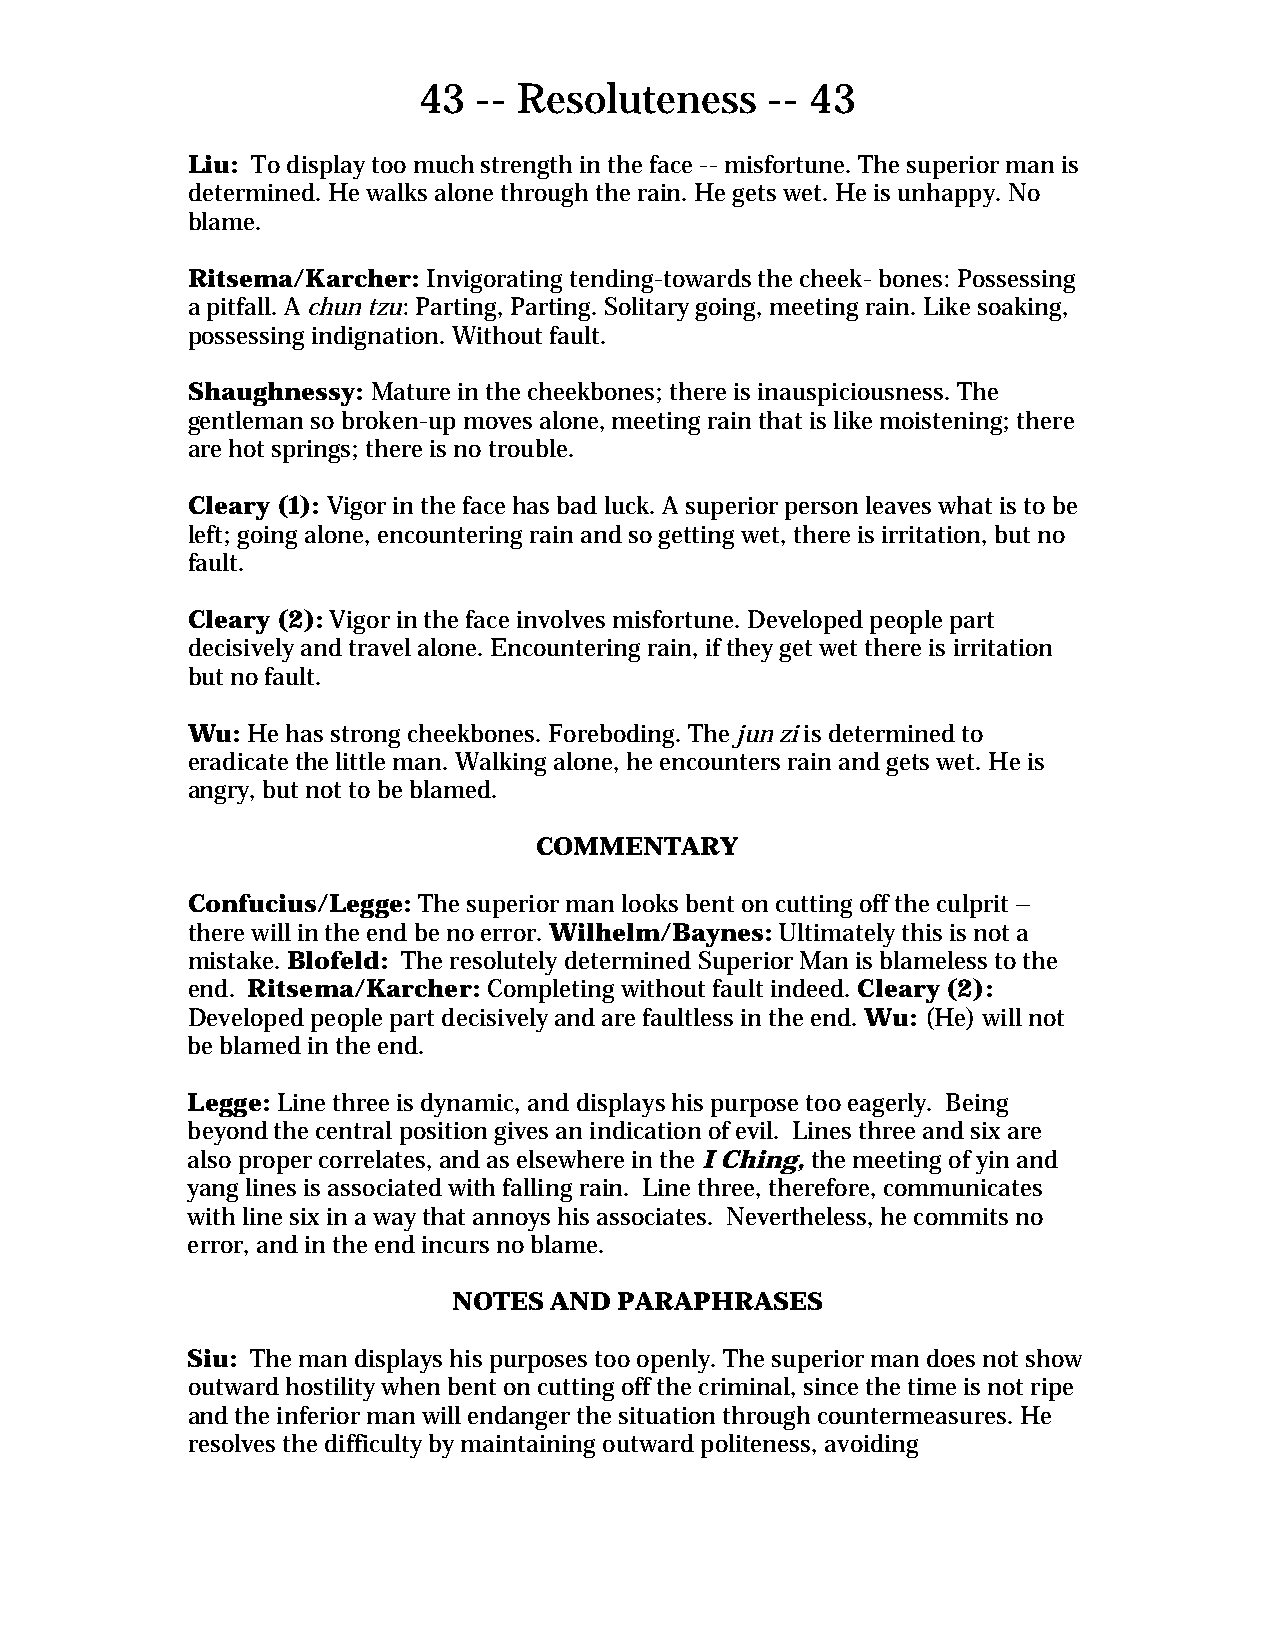
43  -- Resoluteness    -- 43
 Liu: To display too much strength in the face -- misfortune. The superior man is
 determined. He walks alone through the rain. He gets wet. He is unhappy. No
 blame.
 Ritsema/Karcher: Invigorating tending-towards the cheek- bones: Possessing
 a pitfall. A chun tzu: Parting, Parting. Solitary going, meeting rain. Like soaking,
 possessing indignation. Without fault.
 Shaughnessy: Mature in the cheekbones; there is inauspiciousness. The
 gentleman so broken-up moves alone, meeting rain that is like moistening; there
 are hot springs; there is no trouble.
 Cleary (1): Vigor in the face has bad luck. A superior person leaves what is to be
 left; going alone, encountering rain and so getting wet, there is irritation, but no
 fault.
 Cleary (2): Vigor in the face involves misfortune. Developed people part
 decisively and travel alone. Encountering rain, if they get wet there is irritation
 but no fault.
 Wu: He has strong cheekbones. Foreboding. The jun zi is determined to
 eradicate the little man. Walking alone, he encounters rain and gets wet. He is
 angry, but not to be blamed.
 COMMENTARY
 Confucius/Legge: The superior man looks bent on cutting off the culprit –
 there will in the end be no error. Wilhelm/Baynes: Ultimately this is not a
 mistake. Blofeld: The resolutely determined Superior Man is blameless to the
 end. Ritsema/Karcher: Completing without fault indeed. Cleary (2):
 Developed people part decisively and are faultless in the end. Wu: (He) will not
 be blamed in the end.
 Legge: Line three is dynamic, and displays his purpose too eagerly. Being
 beyond the central position gives an indication of evil. Lines three and six are
 also proper correlates, and as elsewhere in the I Ching, the meeting of yin and
 yang lines is associated with falling rain. Line three, therefore, communicates
 with line six in a way that annoys his associates. Nevertheless, he commits no
 error, and in the end incurs no blame.
 NOTES AND  PARAPHRASES
 Siu: The man displays his purposes too openly. The superior man does not show
 outward hostility when bent on cutting off the criminal, since the time is not ripe
 and the inferior man will endanger the situation through countermeasures. He
 resolves the difficulty by maintaining outward politeness, avoiding